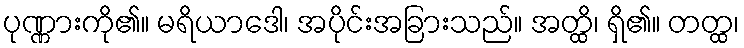
ပုဏ္ဏားကို၏။ မရိယာဒေါ၊ အပိုင်းအခြားသည်။ အတ္ထိ၊ ရှိ၏။ တတ္ထ၊